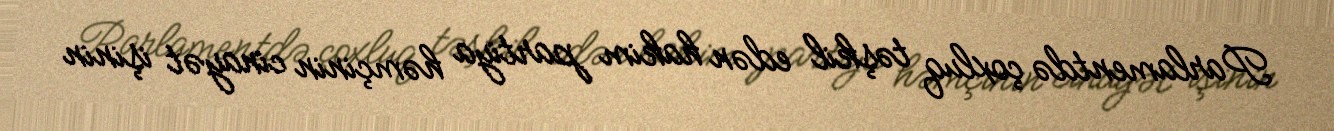
Parlamentdə çoxluq təşkil edən hakim partiya həmçinin cinayət işinin